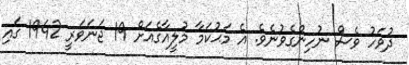
ދުވަހު ވެސް ނުހިންގެވުނެވެ. އެ މަޙުކަމާ މުލީއާގެއަށް 19 ޖަނަވަރީ 1942 ގައި